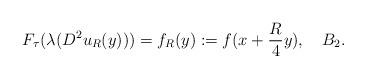
LaTeX: \begin{align*}F_{\tau}(\lambda(D^2u_R(y)))=f_{R}(y):=f(x+\frac{R}{4}y),\quad B_2.\end{align*}